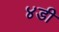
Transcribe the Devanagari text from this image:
४डी